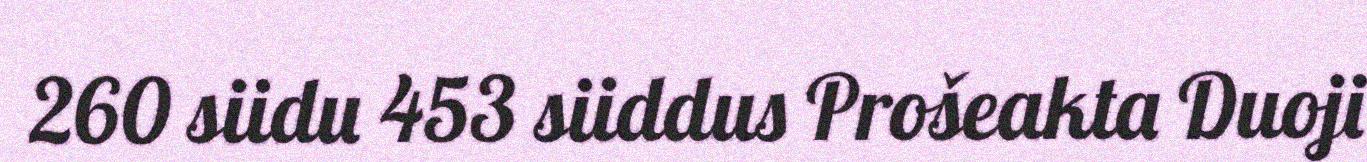
260 siidu 453 siiddus Prošeakta Duoji